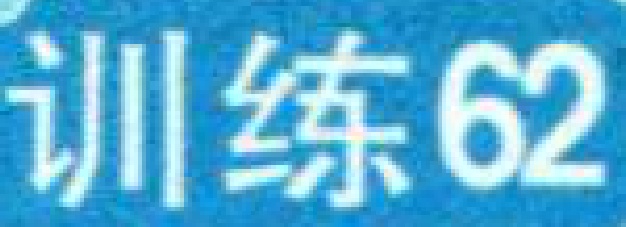
训练62